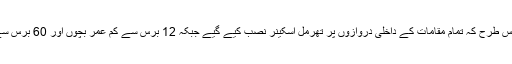
رمضان کے ساتھ مالز کھولے گئے مگر اس طرح کہ تمام مقامات کے داخلی دروازوں پر تھرمل اسکینر نصب کیے گیے جبکہ 12 برس سے کم عمر بچوں اور 60 برس سے زائدالعمر افراد کا داخلہ ممنوع قرار پایا۔